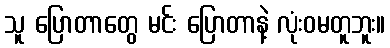
သူ ပြောတာတွေ မင်း ပြောတာနဲ့ လုံးဝမတူဘူး။